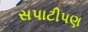
સપાટીપણ